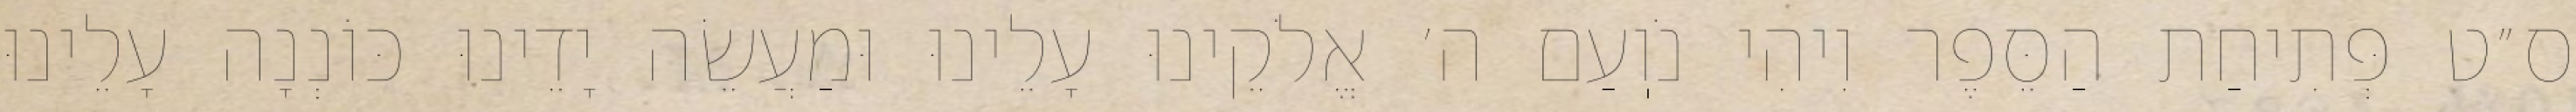
ס״ט פְּתִיחַת הַסֵּפֶר וִיהִי נֹוֽעַם ה׳ אֱלֹקֵינוּ עָלֵינוּ וּמַעֲשֵׂה יָדֵינוּ כּוֹנְנָה עָלֵינוּ